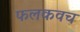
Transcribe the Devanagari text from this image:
फलकवच